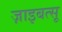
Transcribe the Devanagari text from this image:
ज़ाइबत्सू